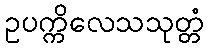
ဥပက္ကိလေသသုတ္တံ